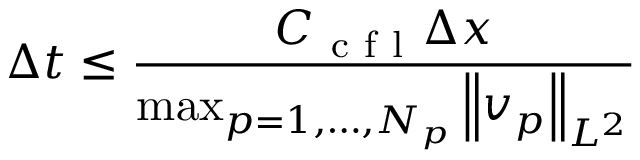
\Delta t \leq \frac { C _ { \mathrm { ~ c ~ f ~ l ~ } } \Delta x } { \operatorname* { m a x } _ { p = 1 , \ldots , N _ { p } } \left\lVert v _ { p } \right\rVert _ { L ^ { 2 } } }